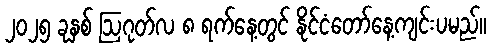
၂၀၂၅ ခုနှစ် ဩဂုတ်လ ၈ ရက်နေ့တွင် နိုင်ငံတော်နေ့ကျင်းပမည်။